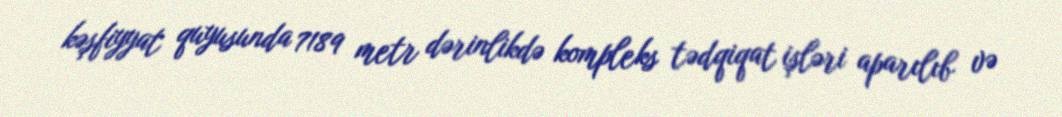
kəşfiyyat quyusunda 7189 metr dərinlikdə kompleks tədqiqat işləri aparılıb və